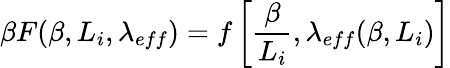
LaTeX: \beta F(\beta,L_{i},\lambda_{eff})=f\left[\frac{\beta}{L_{i}},\lambda_{eff}(\beta,L_{i})\right]